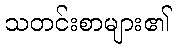
သတင်းစာများ၏